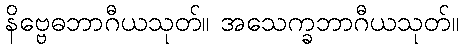
နိဗ္ဗေဓဘာဂီယသုတ်။ အသေက္ခဘာဂီယသုတ်။